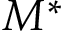
M ^ { * }